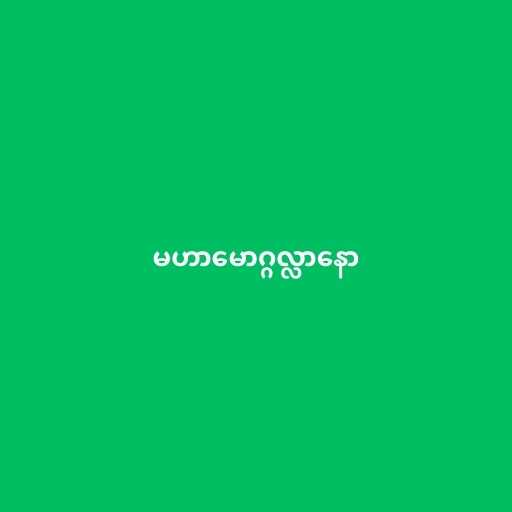
မဟာမောဂ္ဂလ္လာနော